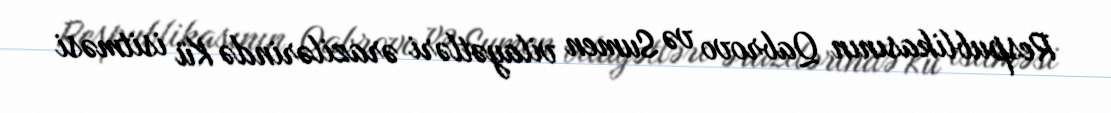
Respublikasının Qabrovo və Sumen vilayətləri ərazilərində Kü isitməsi